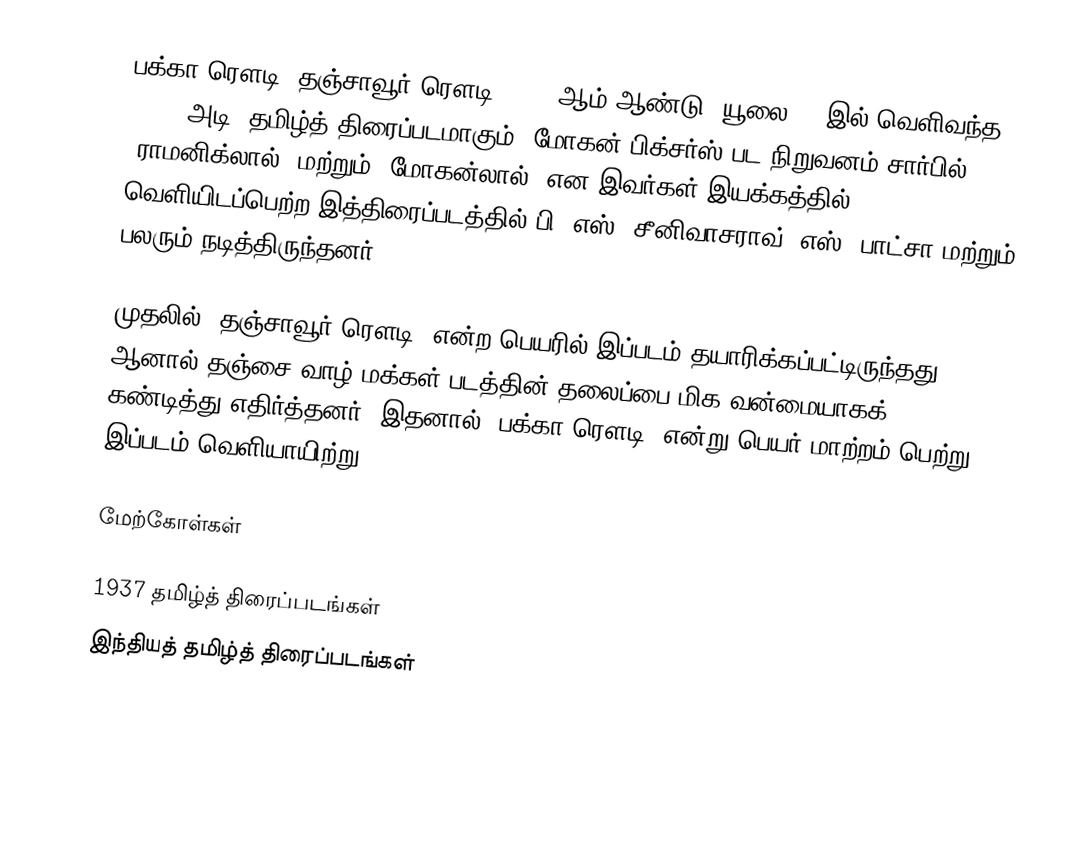
பக்கா ரௌடி (தஞ்சாவூர் ரௌடி) 1937 ஆம் ஆண்டு, யூலை 14 இல் வெளிவந்த 14664 அடி, தமிழ்த் திரைப்படமாகும். மோகன் பிக்சர்ஸ் பட நிறுவனம் சார்பில், "ராமனிக்லால்" மற்றும் "மோகன்லால்" என இவர்கள் இயக்கத்தில் வெளியிடப்பெற்ற இத்திரைப்படத்தில் பி. எஸ். சீனிவாசராவ், எஸ். பாட்சா மற்றும் பலரும் நடித்திருந்தனர்.

முதலில் "தஞ்சாவூர் ரெளடி" என்ற பெயரில் இப்படம் தயாரிக்கப்பட்டிருந்தது, ஆனால் தஞ்சை வாழ் மக்கள் படத்தின் தலைப்பை மிக வன்மையாகக் கண்டித்து எதிர்த்தனர். இதனால் "பக்கா ரெளடி" என்று பெயர் மாற்றம் பெற்று இப்படம் வெளியாயிற்று.

மேற்கோள்கள்

1937 தமிழ்த் திரைப்படங்கள்
இந்தியத் தமிழ்த் திரைப்படங்கள்